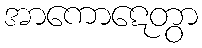
အာကောဋေတွာ